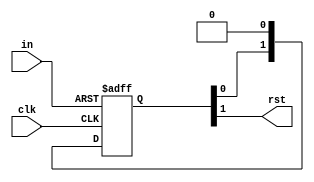
`timescale 1ns / 1ps

module sync(
   input in, clk,
   output rst
);

reg [1:0] q;

always@(posedge clk, posedge in)
begin
   if(in)
   begin
      q = 2'b11;
   end
   else begin
      q = {q[0], 1'b0};
   end
end

assign rst = q[1];

endmodule